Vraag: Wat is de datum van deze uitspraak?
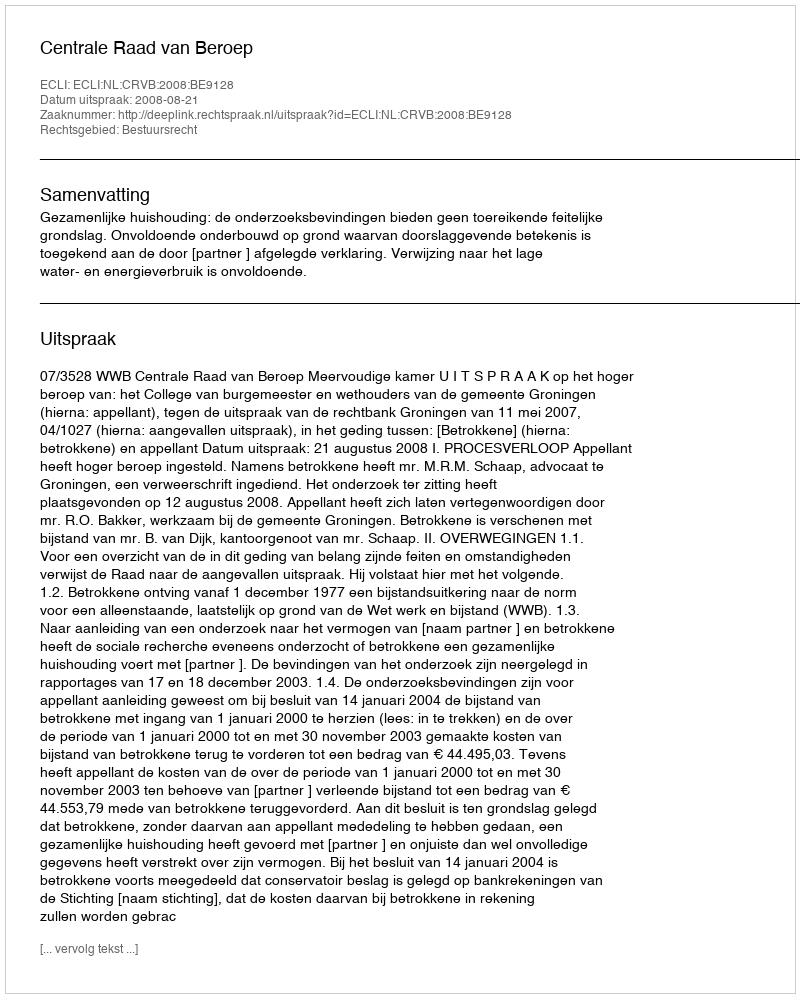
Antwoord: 2008-08-21